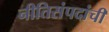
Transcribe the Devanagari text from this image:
नीतिसंपदांची